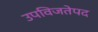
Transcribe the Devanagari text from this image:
उपविजतेपद